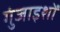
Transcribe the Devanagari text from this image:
गुंजाइशों